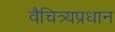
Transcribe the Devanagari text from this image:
वैचित्र्यप्रधान